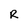
Character: R